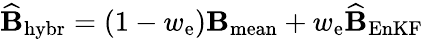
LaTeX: \widehat{\mathbf B}_{\mathrm{hybr}}=(1-w_{\mathrm{e}}){\mathbf B}_{\mathrm{mean}}+w_{\mathrm{e}}\widehat{\mathbf B}_{\mathrm{EnKF}}